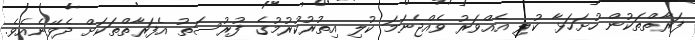
ފަރާތްތަކުން ހުށަހަޅާ ކުލި އެއްވަރު ވެއްޖެނަމަ ކުލި އިތުރުކުރުމުގެ ފުރުސަތު އެފަރާތްތަކަށް ދެވޭނެއެވެ.